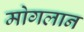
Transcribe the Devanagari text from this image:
मोगलान